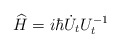
\begin{align*}\widehat{H}=i\hbar\dot{U}_{t}U_{t}^{-1} \end{align*}